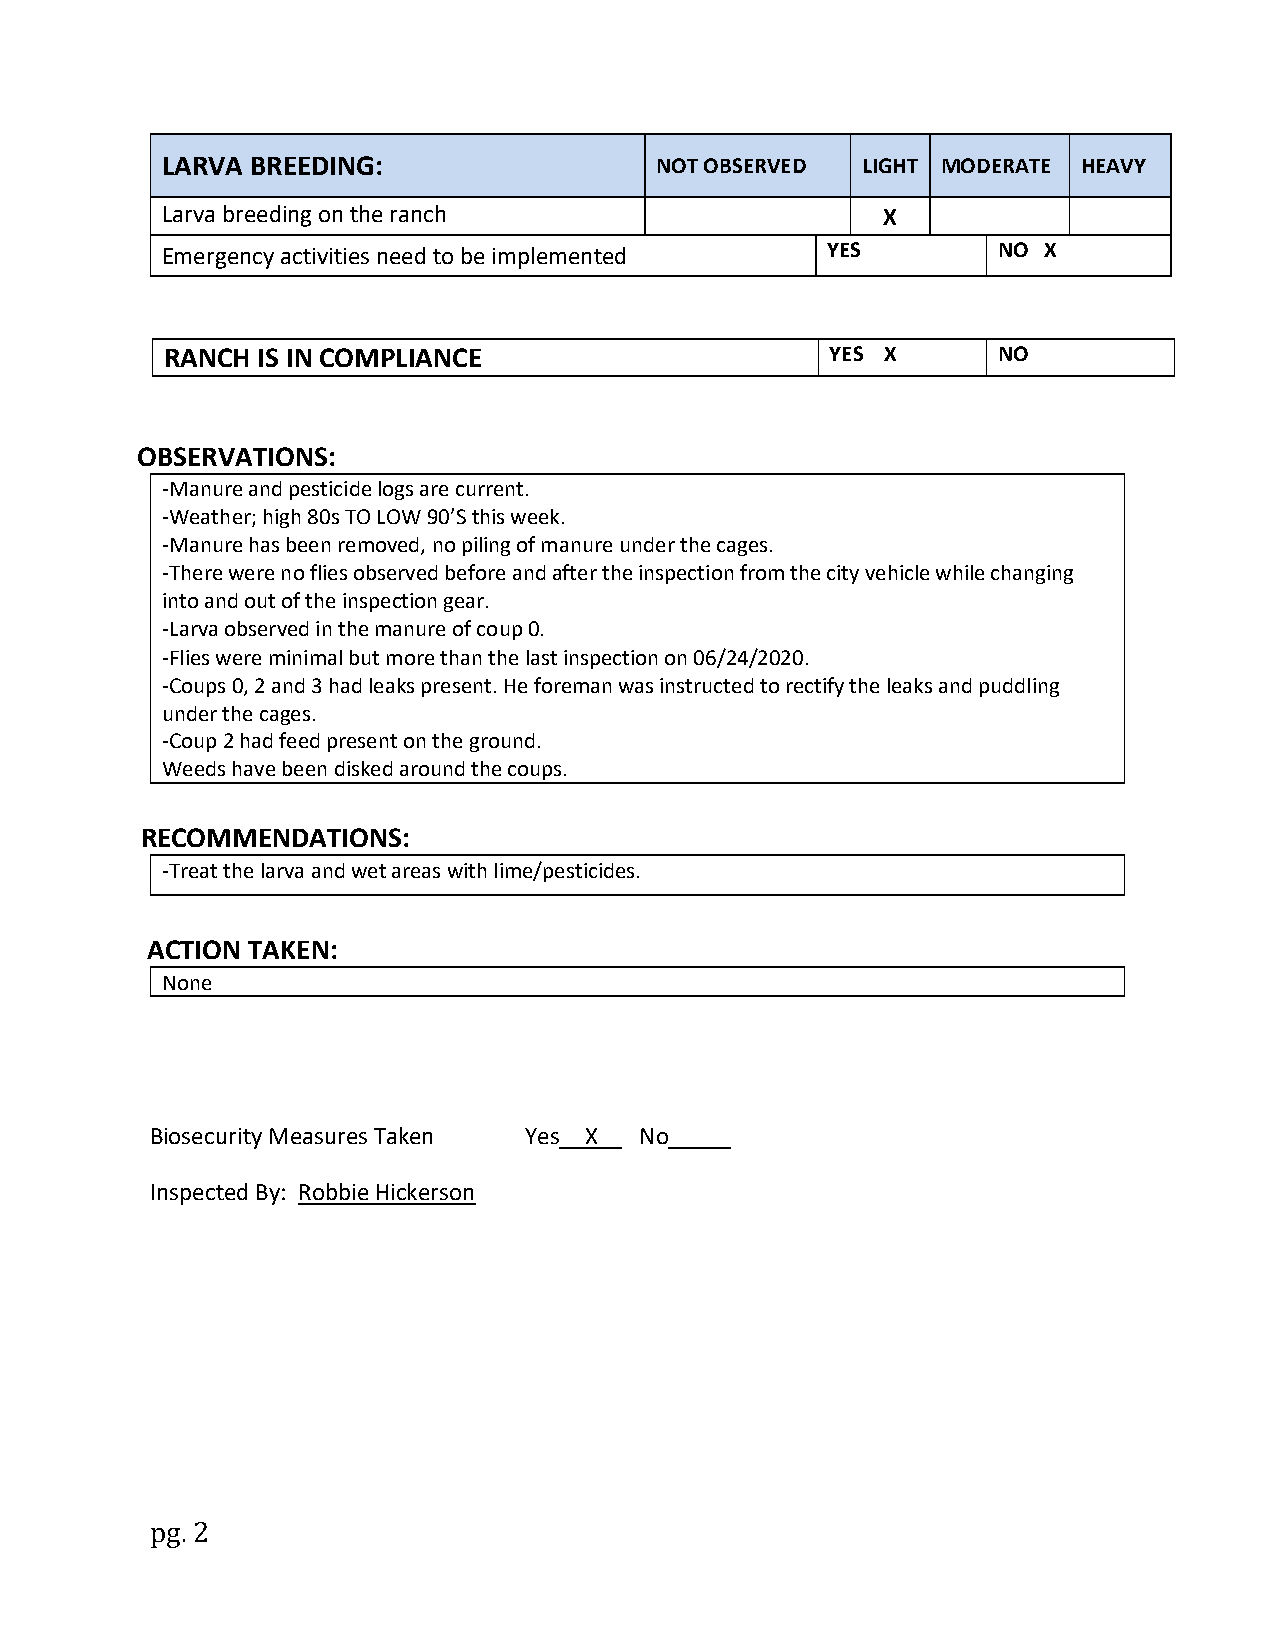
LARVA BREEDING:                 NOT OBSERVED  LIGHT MODERATE HEAVY
 Larva breeding on the ranch                    X
 Emergency activities need to be implemented YES        NO X
 RANCH IS IN COMPLIANCE                      YES X      NO
 OBSERVATIONS:
 -Manure and pesticide logs are current.
 -Weather; high 80s TO LOW 90’S this week.
 -Manure has been removed, no piling of manure under the cages.
 -There were no flies observed before and after the inspection from the city vehicle while changing
 into and out of the inspection gear.
 -Larva observed in the manure of coup 0.
 -Flies were minimal but more than the last inspection on 06/24/2020.
 -Coups 0, 2 and 3 had leaks present. He foreman was instructed to rectify the leaks and puddling
 under the cages.
 -Coup 2 had feed present on the ground.
 Weeds have been disked around the coups.
 RECOMMENDATIONS:
 -Treat the larva and wet areas with lime/pesticides.
 ACTION TAKEN:
 None
 Biosecurity Measures Taken Yes__X__ No_____
 Inspected By: Robbie Hickerson
 pg. 2